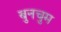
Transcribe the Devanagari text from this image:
बुनचुम